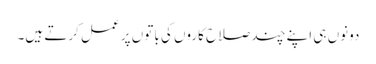
دونوں ہی اپنے چند صلاح کاروں کی باتوں پر عمل کرتے ہیں۔